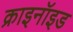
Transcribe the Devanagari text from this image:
क्राइनॉइड